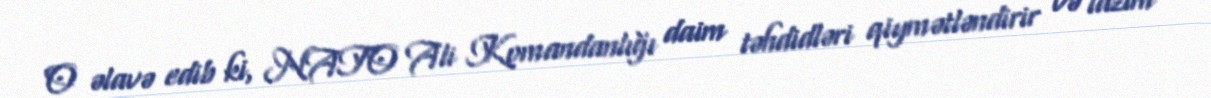
O əlavə edib ki, NATO Ali Komandanlığı daim təhdidləri qiymətləndirir və lazım